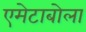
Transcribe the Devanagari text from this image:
एमेटाबोला